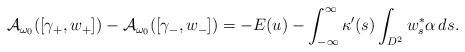
LaTeX: \begin{align*} \mathcal A_{\omega_0}([\gamma_+,w_+]) - \mathcal A_{\omega_0}([\gamma_-,w_-]) & = - E(u) - \int_{-\infty}^{\infty} \kappa'(s) \int_{D^2} w_s^* \alpha \,ds. \end{align*}